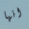
انها